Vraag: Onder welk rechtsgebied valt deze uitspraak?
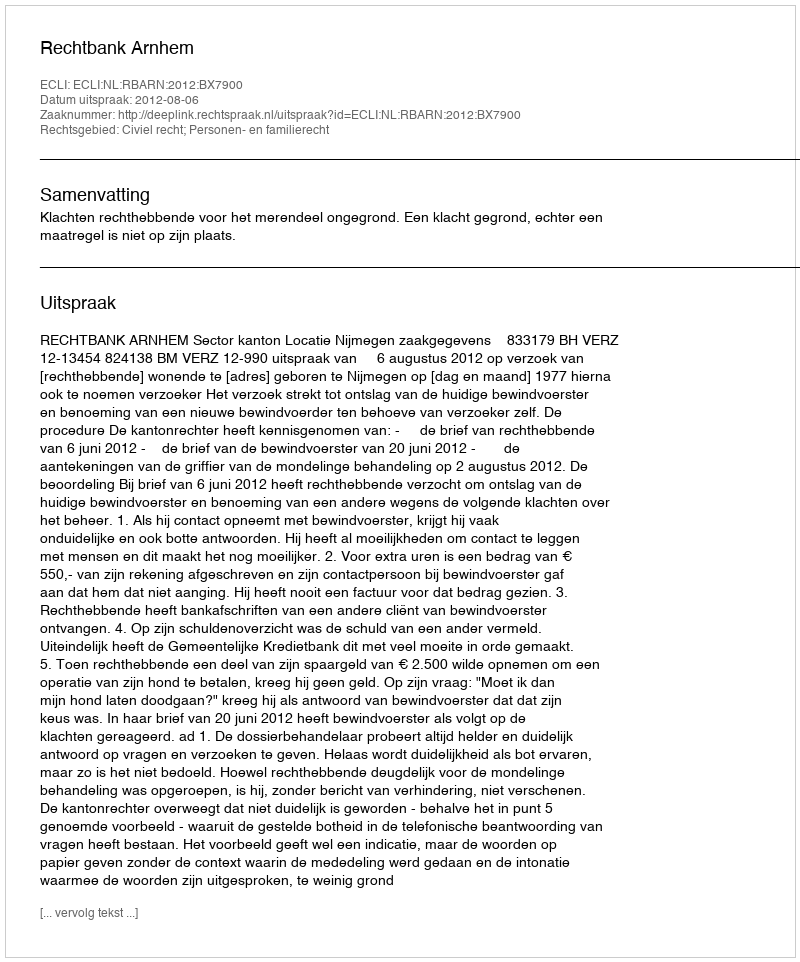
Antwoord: Civiel recht; Personen- en familierecht